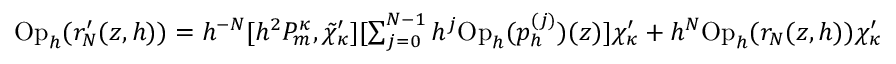
\begin{array} { r } { \mathrm { O p } _ { h } ( r _ { N } ^ { \prime } ( z , h ) ) = h ^ { - N } [ h ^ { 2 } P _ { m } ^ { \kappa } , \tilde { \chi } _ { \kappa } ^ { \prime } ] [ \sum _ { j = 0 } ^ { N - 1 } h ^ { j } \mathrm { O p } _ { h } ( p _ { h } ^ { ( j ) } ) ( z ) ] \chi _ { \kappa } ^ { \prime } + h ^ { N } \mathrm { O p } _ { h } ( r _ { N } ( z , h ) ) \chi _ { \kappa } ^ { \prime } } \end{array}